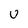
Character: u